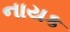
નાયક